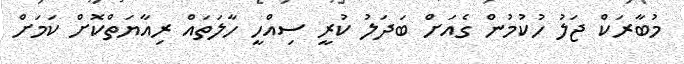
މުބާރަކް ޖަލު ހުކުމުން ގެއަށް ބަދަލު ކުރީ ސިއްހީ ހާލަތައް ރިއާޔަތްކޮށް ކަމަށް